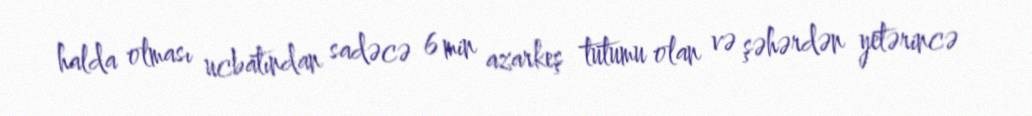
halda olması ucbatından sadəcə 6 min azarkeş tutumu olan və şəhərdən yetərincə